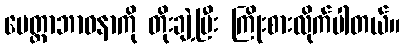
မေတ္တာဘာဝနာကို တိုးချဲ့ပြီး ကြိုးစားလိုက်ပါတယ်။